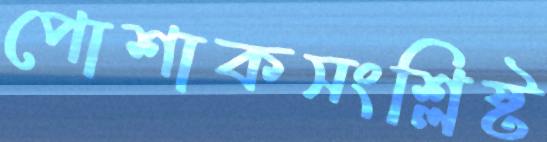
পোশাকসংশ্লিষ্ট